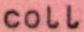
coll